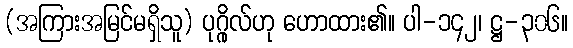
(အကြားအမြင်မရှိသူ) ပုဂ္ဂိုလ်ဟု ဟောထား၏။ ပါ-၁၄၂၊ ဋ္ဌ-၃၀၆။